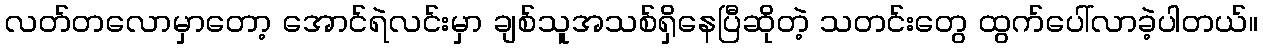
လတ်တလောမှာတော့ အောင်ရဲလင်းမှာ ချစ်သူအသစ်ရှိနေပြီဆိုတဲ့ သတင်းတွေ ထွက်ပေါ်လာခဲ့ပါတယ်။